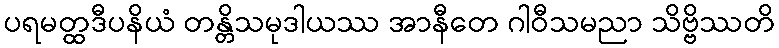
ပရမတ္ထဒီပနိယံ တန္တိသမုဒါယဿ အာနီတေ ဂါဝီသမညာ သိဗ္ဗိဿတိ